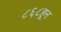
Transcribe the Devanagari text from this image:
८६८हून